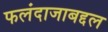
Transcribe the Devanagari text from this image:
फलंदाजाबद्दल